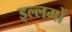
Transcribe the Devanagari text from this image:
इल्लमों